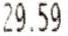
29.59